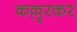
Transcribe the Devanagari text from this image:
कल्लूरकर